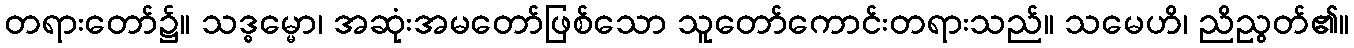
တရားတော်၌။ သဒ္ဓမ္မော၊ အဆုံးအမတော်ဖြစ်သော သူတော်ကောင်းတရားသည်။ သမေဟိ၊ ညိညွတ်၏။